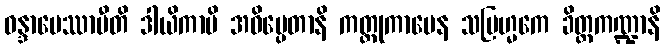
ဝန္ဒာပေဿာမီတိ ဒါယိကာပိ အဓိပ္ပေတာနိ ကတ္တုကာမေန သဗြဟ္မကေ ခိတ္တကဏ္ဍာနိ